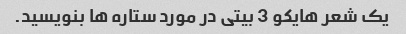
یک شعر هایکو 3 بیتی در مورد ستاره ها بنویسید.